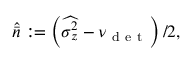
\widehat { \bar { n } } : = \left( \widehat { \sigma _ { z } ^ { 2 } } - \nu _ { \mathrm { ~ d ~ e ~ t ~ } } \right) / 2 ,